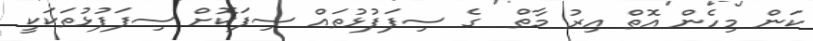
ކަން މިހެން އޮތް އިރު މާތް  ގެ ސިފަފުޅުތައް ސިފަކޮށް ސިފަފުޅުތަކަކީ